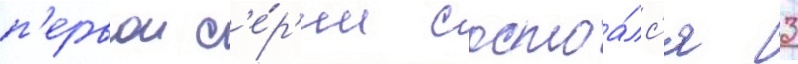
п'ервои с'е́р'ии состоа́лс'я 3